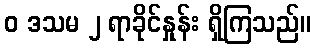
ဝ ဒသမ ၂ ရာခိုင်နှုန်း ရှိကြသည်။